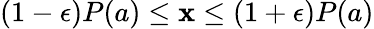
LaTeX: (1-\epsilon)P(a)\leq\mathbf{x}\leq(1+\epsilon)P(a)